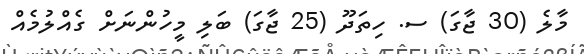
މާލެ (30 ޖާގަ) ސ. ހިތަދޫ (25 ޖާގަ) ބަލި މީހުންނަށް ގެއްލުމެއް